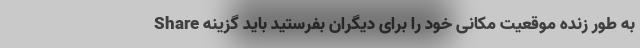
به طور زنده موقعیت مکانی خود را برای دیگران بفرستید باید گزینه Share